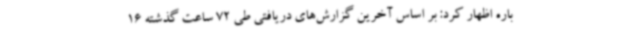
باره اظهار کرد: بر اساس آخرین گزارش‌های دریافتی طی 72 ساعت گذشته 16